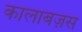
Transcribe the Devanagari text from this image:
कालाबज़स